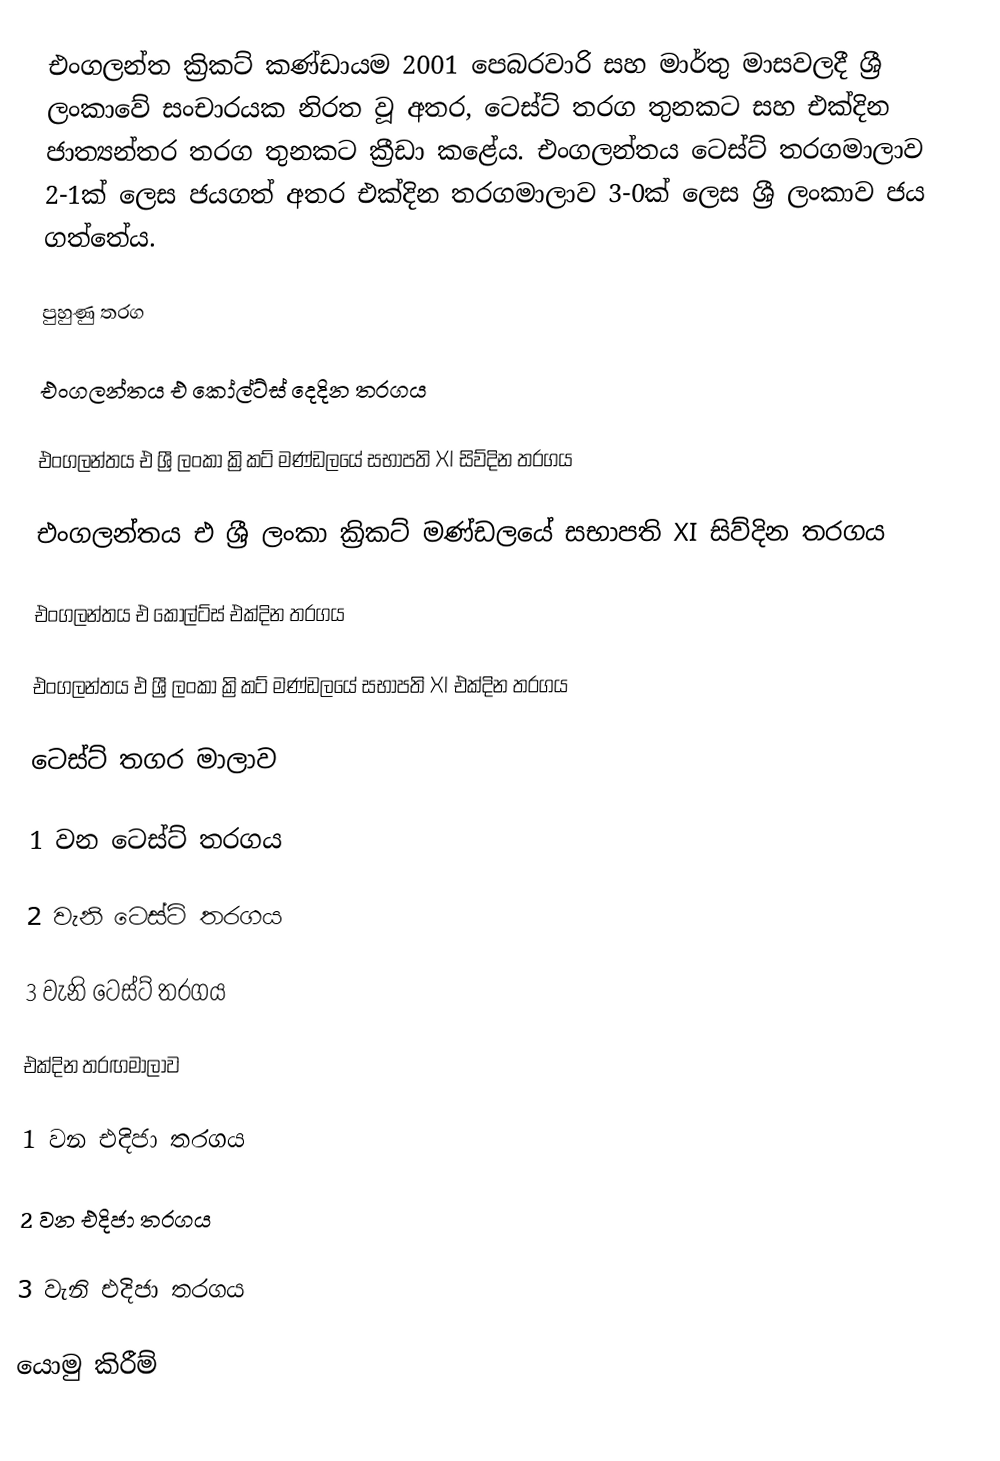
එංගලන්ත ක්‍රිකට් කණ්ඩායම 2001 පෙබරවාරි සහ මාර්තු මාසවලදී ශ්‍රී ලංකාවේ සංචාරයක නිරත වූ අතර, ටෙස්ට් තරග තුනකට සහ එක්දින ජාත්‍යන්තර තරග තුනකට ක්‍රීඩා කළේය. එංගලන්තය ටෙස්ට් තරගමාලාව 2-1ක් ලෙස ජයගත් අතර එක්දින තරගමාලාව 3-0ක් ලෙස ශ්‍රී ලංකාව ජය ගත්තේය.

පුහුණු තරග

එංගලන්තය එ කෝල්ට්ස් දෙදින තරගය

එංගලන්තය එ ශ්‍රී ලංකා ක්‍රිකට් මණ්ඩලයේ සභාපති XI සිව්දින තරගය

එංගලන්තය එ ශ්‍රී ලංකා ක්‍රිකට් මණ්ඩලයේ සභාපති XI සිව්දින තරගය

එංගලන්තය එ කෝල්ට්ස් එක්දින තරගය

එංගලන්තය එ ශ්‍රී ලංකා ක්‍රිකට් මණ්ඩලයේ සභාපති XI එක්දින තරගය

ටෙස්ට් තගර මාලාව

1 වන ටෙස්ට් තරගය

2 වැනි ටෙස්ට් තරගය

3 වැනි ටෙස්ට් තරගය

එක්දින තරඟමාලාව

1 වන එදිජා තරගය

2 වන එදිජා තරගය

3 වැනි එදිජා තරගය

යොමු කිරීම්